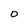
Character: D